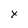
Character: x